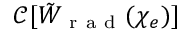
\mathcal { C } [ \tilde { W } _ { \mathrm { ~ r ~ a ~ d ~ } } ( \chi _ { e } ) ]